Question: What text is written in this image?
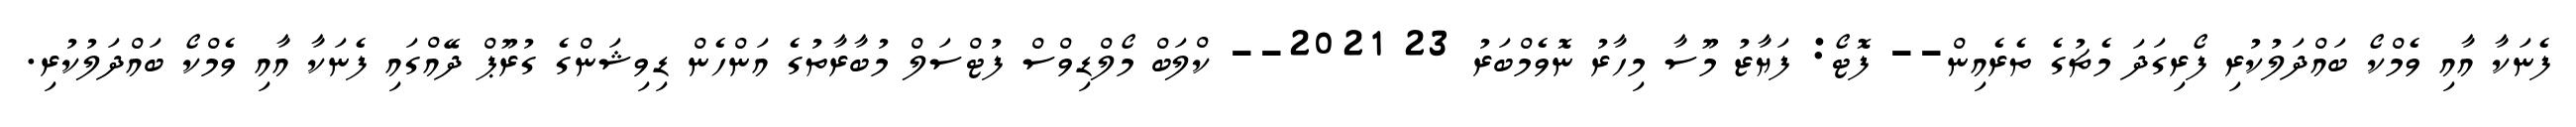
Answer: ފެނަކާ އާއި ވެމްކޯ ބައްދަލުކުރި ފޯރިގަދަ މެޗުގެ ތެރެއިން-- ފޮޓޯ: ފަޔާޒު މޫސާ މިހާރު ނޮވެމްބަރު 23 2021-- ކްލަބް މޯލްޑިވްސް ފުޓްސަލް މުބާރާތުގެ އަންހެން ޑިވިޝަންގެ ގުރޫޕް ދޭއްގައި ފެނަކާ އާއި ވެމްކޯ ބައްދަލުކުރި.